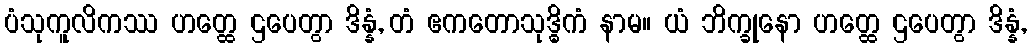
ပံသုကူလိကဿ ဟတ္ထေ ဌပေတွာ ဒိန္နံ, တံ ဧကတောသုဒ္ဓိကံ နာမ။ ယံ ဘိက္ခုနော ဟတ္ထေ ဌပေတွာ ဒိန္နံ,